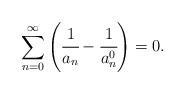
LaTeX: \begin{align*} \sum_{n=0}^{\infty} \left( \cfrac{1}{a_n} - \cfrac{1}{a_n^0} \right) = 0. \end{align*}